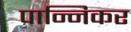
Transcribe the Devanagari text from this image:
पान्निकर